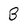
Character: B